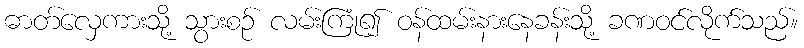
ဓာတ်လှေကားသို့ သွားစဉ် လမ်းကြုံ၍ ဝန်ထမ်းနားနေခန်းသို့ ခဏဝင်လိုက်သည်။